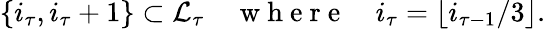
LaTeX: \{ i_{\tau},i_{\tau}+1\} \subset\mathcal{L}_{\tau}\quad\mathrm{~w~h~e~r~e~}\quad i_{\tau}=\lfloor i_{\tau-1}/3\rfloor.